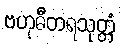
ဗဟုဓီတရသုတ္တံ